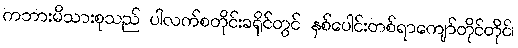
ကဘားမိသားစုသည် ပါလက်စတိုင်းခရိုင်တွင် နှစ်ပေါင်းတစ်ရာကျော်တိုင်တိုင်၊